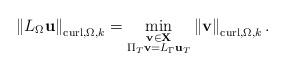
LaTeX: \begin{align*}\left\Vert L_{\Omega}\mathbf{u}\right\Vert _{\operatorname*{curl},\Omega,k}=\min_{\substack{\mathbf{v}\in\mathbf{X}\\\Pi_{T}\mathbf{v}=L_{\Gamma}\mathbf{u}_{T}}}\left\Vert \mathbf{v}\right\Vert _{\operatorname*{curl},\Omega,k}. \end{align*}